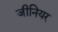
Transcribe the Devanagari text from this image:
जीनियर